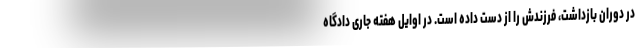
در دوران بازداشت، فرزندش را از دست داده است. در اوایل هفته جاری دادگاه